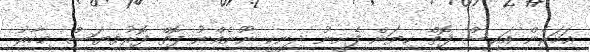
އަހަރެން އައިސް ފޮތް ކިޔަން ފެށީނު ދިނީކީ ނޫނެއްނު ފޮތް ފޮރުވިޔަސް މިހާރު